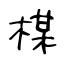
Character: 楳